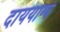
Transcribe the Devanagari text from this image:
दाययोग्य